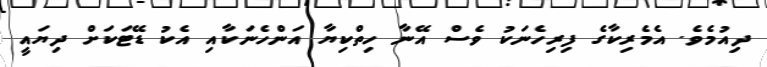
ދިއުމެވެ. އެމެރިކާގެ ފިރިހެނަކު ވެސް އޭނާ ހިތްކިޔާ އަންހެނަކާއި އެކު ޑޭޓަކަށް ދިޔައީ